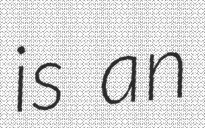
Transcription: is an